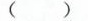
()